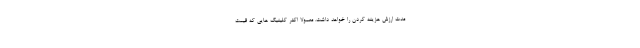
مدت ارزش هزینه کردن را خواهد داشت. معمولا اکثر کلینیک هایی که قیمت